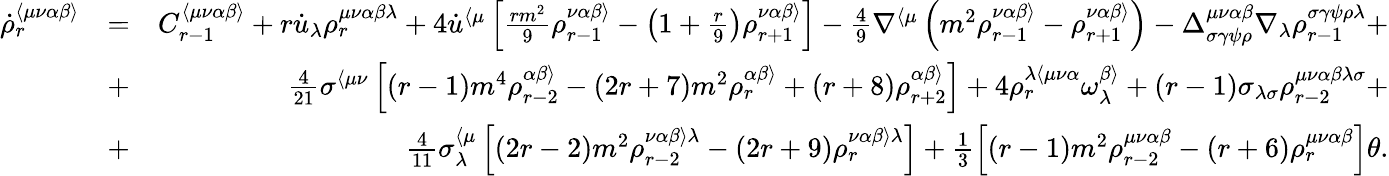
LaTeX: \begin{array}{rlr}{\dot{\rho}_{r}^{\langle\mu\nu\alpha\beta\rangle}}&{=}&{C_{r-1}^{\langle\mu\nu\alpha\beta\rangle}+r\dot{u}_{\lambda}\rho_{r}^{\mu\nu\alpha\beta\lambda}+4\dot{u}^{\langle\mu}\left[\frac{rm^{2}}{9}\rho_{r-1}^{\nu\alpha\beta\rangle}-\left(1+\frac{r}{9}\right)\rho_{r+1}^{\nu\alpha\beta\rangle}\right]-\frac{4}{9}\nabla^{\langle\mu}\left(m^{2}\rho_{r-1}^{\nu\alpha\beta\rangle}-\rho_{r+1}^{\nu\alpha\beta\rangle}\right)-\Delta_{\sigma\gamma\psi\rho}^{\mu\nu\alpha\beta}\nabla_{\lambda}\rho_{r-1}^{\sigma\gamma\psi\rho\lambda}+}\\ &{+}&{\frac{4}{21}\sigma^{\langle\mu\nu}\left[(r-1)m^{4}\rho_{r-2}^{\alpha\beta\rangle}-(2r+7)m^{2}\rho_{r}^{\alpha\beta\rangle}+(r+8)\rho_{r+2}^{\alpha\beta\rangle}\right]+4\rho_{r}^{\lambda\langle\mu\nu\alpha}\omega^{\beta\rangle}_{\lambda}+(r-1)\sigma_{\lambda\sigma}\rho_{r-2}^{\mu\nu\alpha\beta\lambda\sigma}+}\\ &{+}&{\frac{4}{11}\sigma_{\lambda}^{\langle\mu}\left[(2r-2)m^{2}\rho_{r-2}^{\nu\alpha\beta\rangle\lambda}-(2r+9)\rho_{r}^{\nu\alpha\beta\rangle\lambda}\right]+\frac{1}{3}\left[(r-1)m^{2}\rho_{r-2}^{\mu\nu\alpha\beta}-\left(r+6\right)\rho_{r}^{\mu\nu\alpha\beta}\right]\theta.}\end{array}